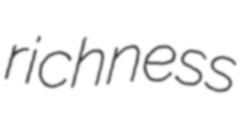
richness